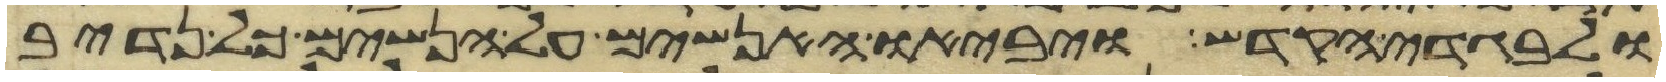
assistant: ולבגדי הקדש ויביאו האנשים על הנשים כל נדיב